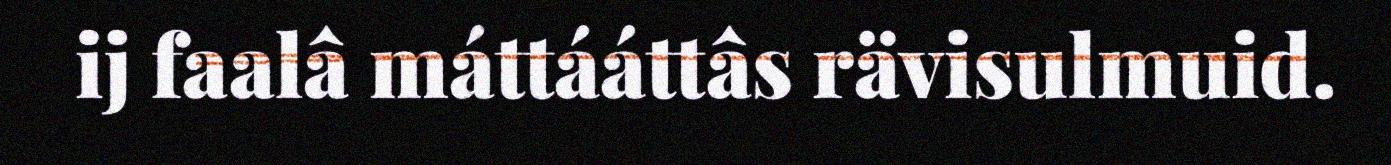
ij faalâ máttááttâs rävisulmuid.